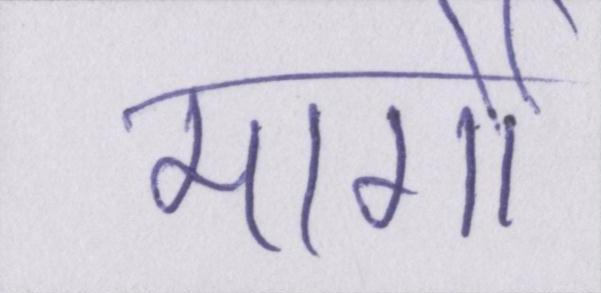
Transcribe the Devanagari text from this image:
मार्गो